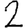
Digit: 2